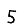
Digit: 5